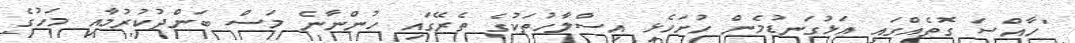
"ހާއްސަ ގޮތެއްގައި އަޅުގަނޑުމެން ހުށަހެޅި އިސްލާހުތަކުގެ ތެރޭގައި ހުންނާނެ މަސް ބަންދުކުރުމާއި މަހުގެ